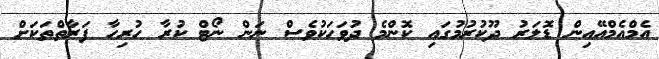
އެމްއެމްއޭއިން ޑޮލަރު ދޫކުރުމުގައި ކޮންމެ ދުވަހަކުވެސް ނަން ނޯޓް ކުރާ ހުރިހާ ފަރާތްތަކަށް